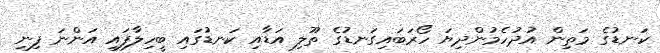
ކަނޑުގެ މަތިން އުދުހެމުންދިޔަ ހޯރަބައިގަނޑުގެ ތޫލި އަޑާއި ކަނޑުގައި ބީހިލާފައި އަންނަ ފިނި